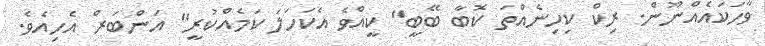
ވާހަކައެއްނޫން. ރިކް ކިހިނެއްތަ ކޮބާ ބޭބީ" ކީއްވެ އެކަހަލަ ކަމެއްކުރީ" އަންބަރް އެހިއެވެ.